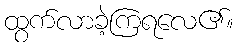
ထွက်လာခဲ့ကြရလေ၏။